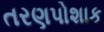
તરણપોશાક